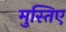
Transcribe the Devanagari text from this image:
मुस्तिए